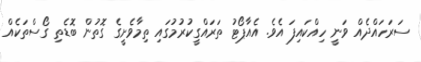
ސަރަހައްދެއް ވަނީ ހިއްކައިފަ އެވެ. އެއާޕޯޓު ތަރައްގީކުރުމުގައި ތިމާވެށީގެ ގޮތުން ބޮޑެތި ގޯސްތަކެއް